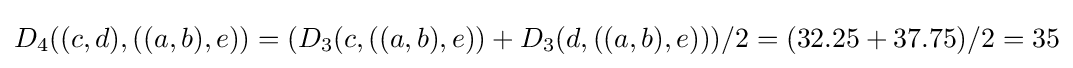
D_{4}((c,d),((a,b),e))=(D_{3}(c,((a,b),e))+D_{3}(d,((a,b),e)))/2=(32.25+37.75)/2=35